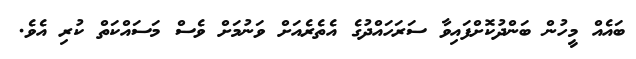
ބައެއް މީހުން ބަންދުކޮށްފައިވާ ސަރަހައްދުގެ އެތެރެއަށް ވަނުމަށް ވެސް މަސައްކަތް ކުރި އެވެ.